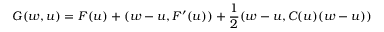
G ( w , u ) = F ( u ) + ( w - u , F ^ { \prime } ( u ) ) + \frac { 1 } { 2 } ( w - u , C ( u ) ( w - u ) )